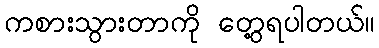
ကစားသွားတာကို တွေ့ရပါတယ်။